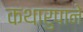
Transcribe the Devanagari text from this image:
कथारुपाने